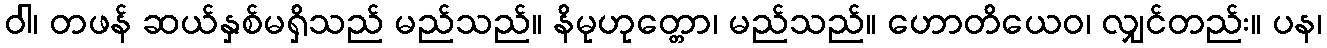
ဝါ၊ တဖန် ဆယ်နှစ်မရှိသည် မည်သည်။ နိမုဟုတ္တော၊ မည်သည်။ ဟောတိယေဝ၊ လျှင်တည်း။ ပန၊